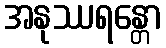
အနုဿရန္တော